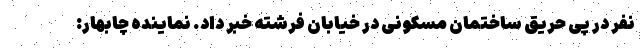
نفر در پی حریق ساختمان مسکونی در خیابان فرشته خبر داد. نماینده چابهار: